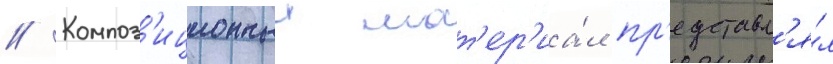
// Композ'иционныи мат'ер'иа́л пр'едставл'я́л